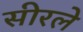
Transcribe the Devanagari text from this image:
सीरले